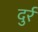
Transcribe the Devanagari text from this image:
दुर्र